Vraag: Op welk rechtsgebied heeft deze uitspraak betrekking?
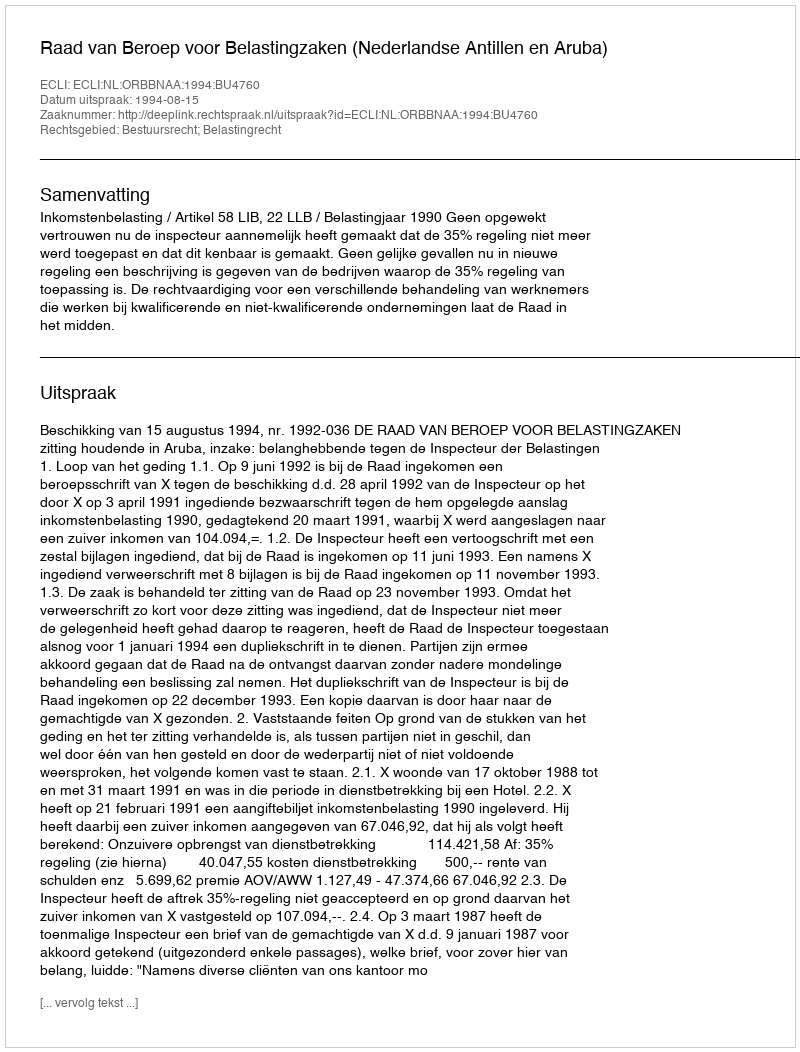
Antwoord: Bestuursrecht; Belastingrecht